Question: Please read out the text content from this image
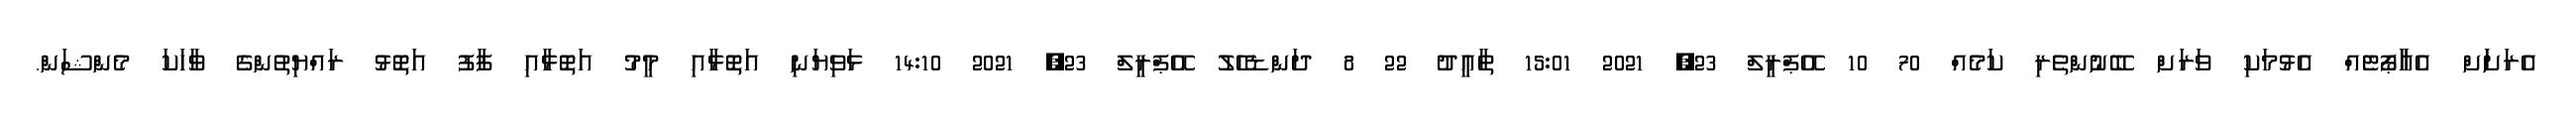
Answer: އެރަށަަށް އެއާާޕޯޓެއް އެޅުމަކި ވަރަށް ބޭނުންތެރި ކަމެއް 70 10 އޭޕްރީލް 23, 2021 15:01 ތާއީދު 22 8 ދަންޑެހެލު އޭޕްރީލް 23, 2021 14:10 ޅަވިޔަނި އަތޮޅާއި މީމު އަތޮޅާއި ފާފު އަތޮޅު ރައްޔިތުންގެ ވާހަކަ މެންޝަން.